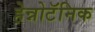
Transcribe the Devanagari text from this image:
हेन्नोटॅनिक